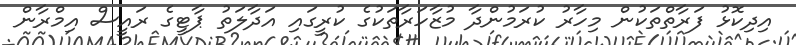
އިދިކޮޅު ފަރާތްތަކުން މިހާރު ކުރަމުންދާ މުޒާހަރާތަކުގެ ކުރީގައި އަދާލަތު ޕާޓީގެ ރައީސް އިމްރާން